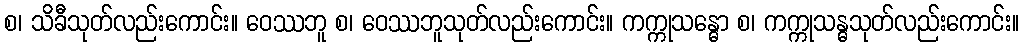
စ၊ သိခီသုတ်လည်းကောင်း။ ဝေဿဘူ စ၊ ဝေဿဘူသုတ်လည်းကောင်း။ ကက္ကုသန္ဓော စ၊ ကက္ကုသန္ဓသုတ်လည်းကောင်း။